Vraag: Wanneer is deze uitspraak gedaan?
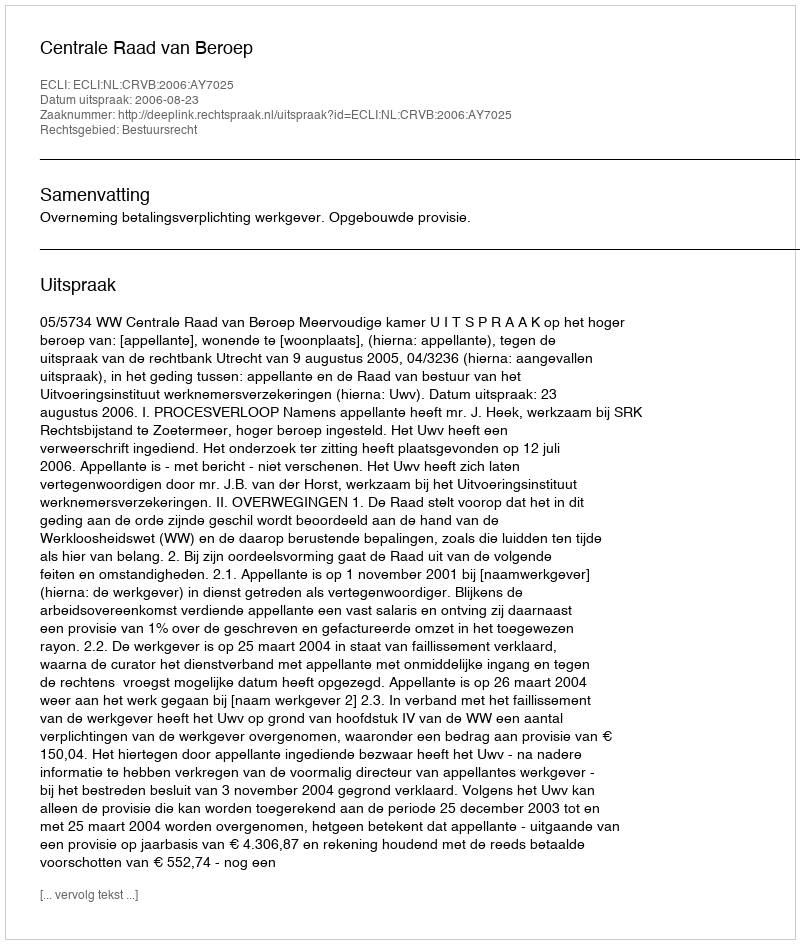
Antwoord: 2006-08-23